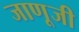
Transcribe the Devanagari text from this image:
जाणूजी